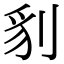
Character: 𭃤